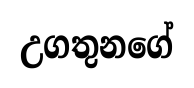
උගතුනගේ